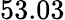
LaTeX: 53.03